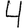
Digit: 4